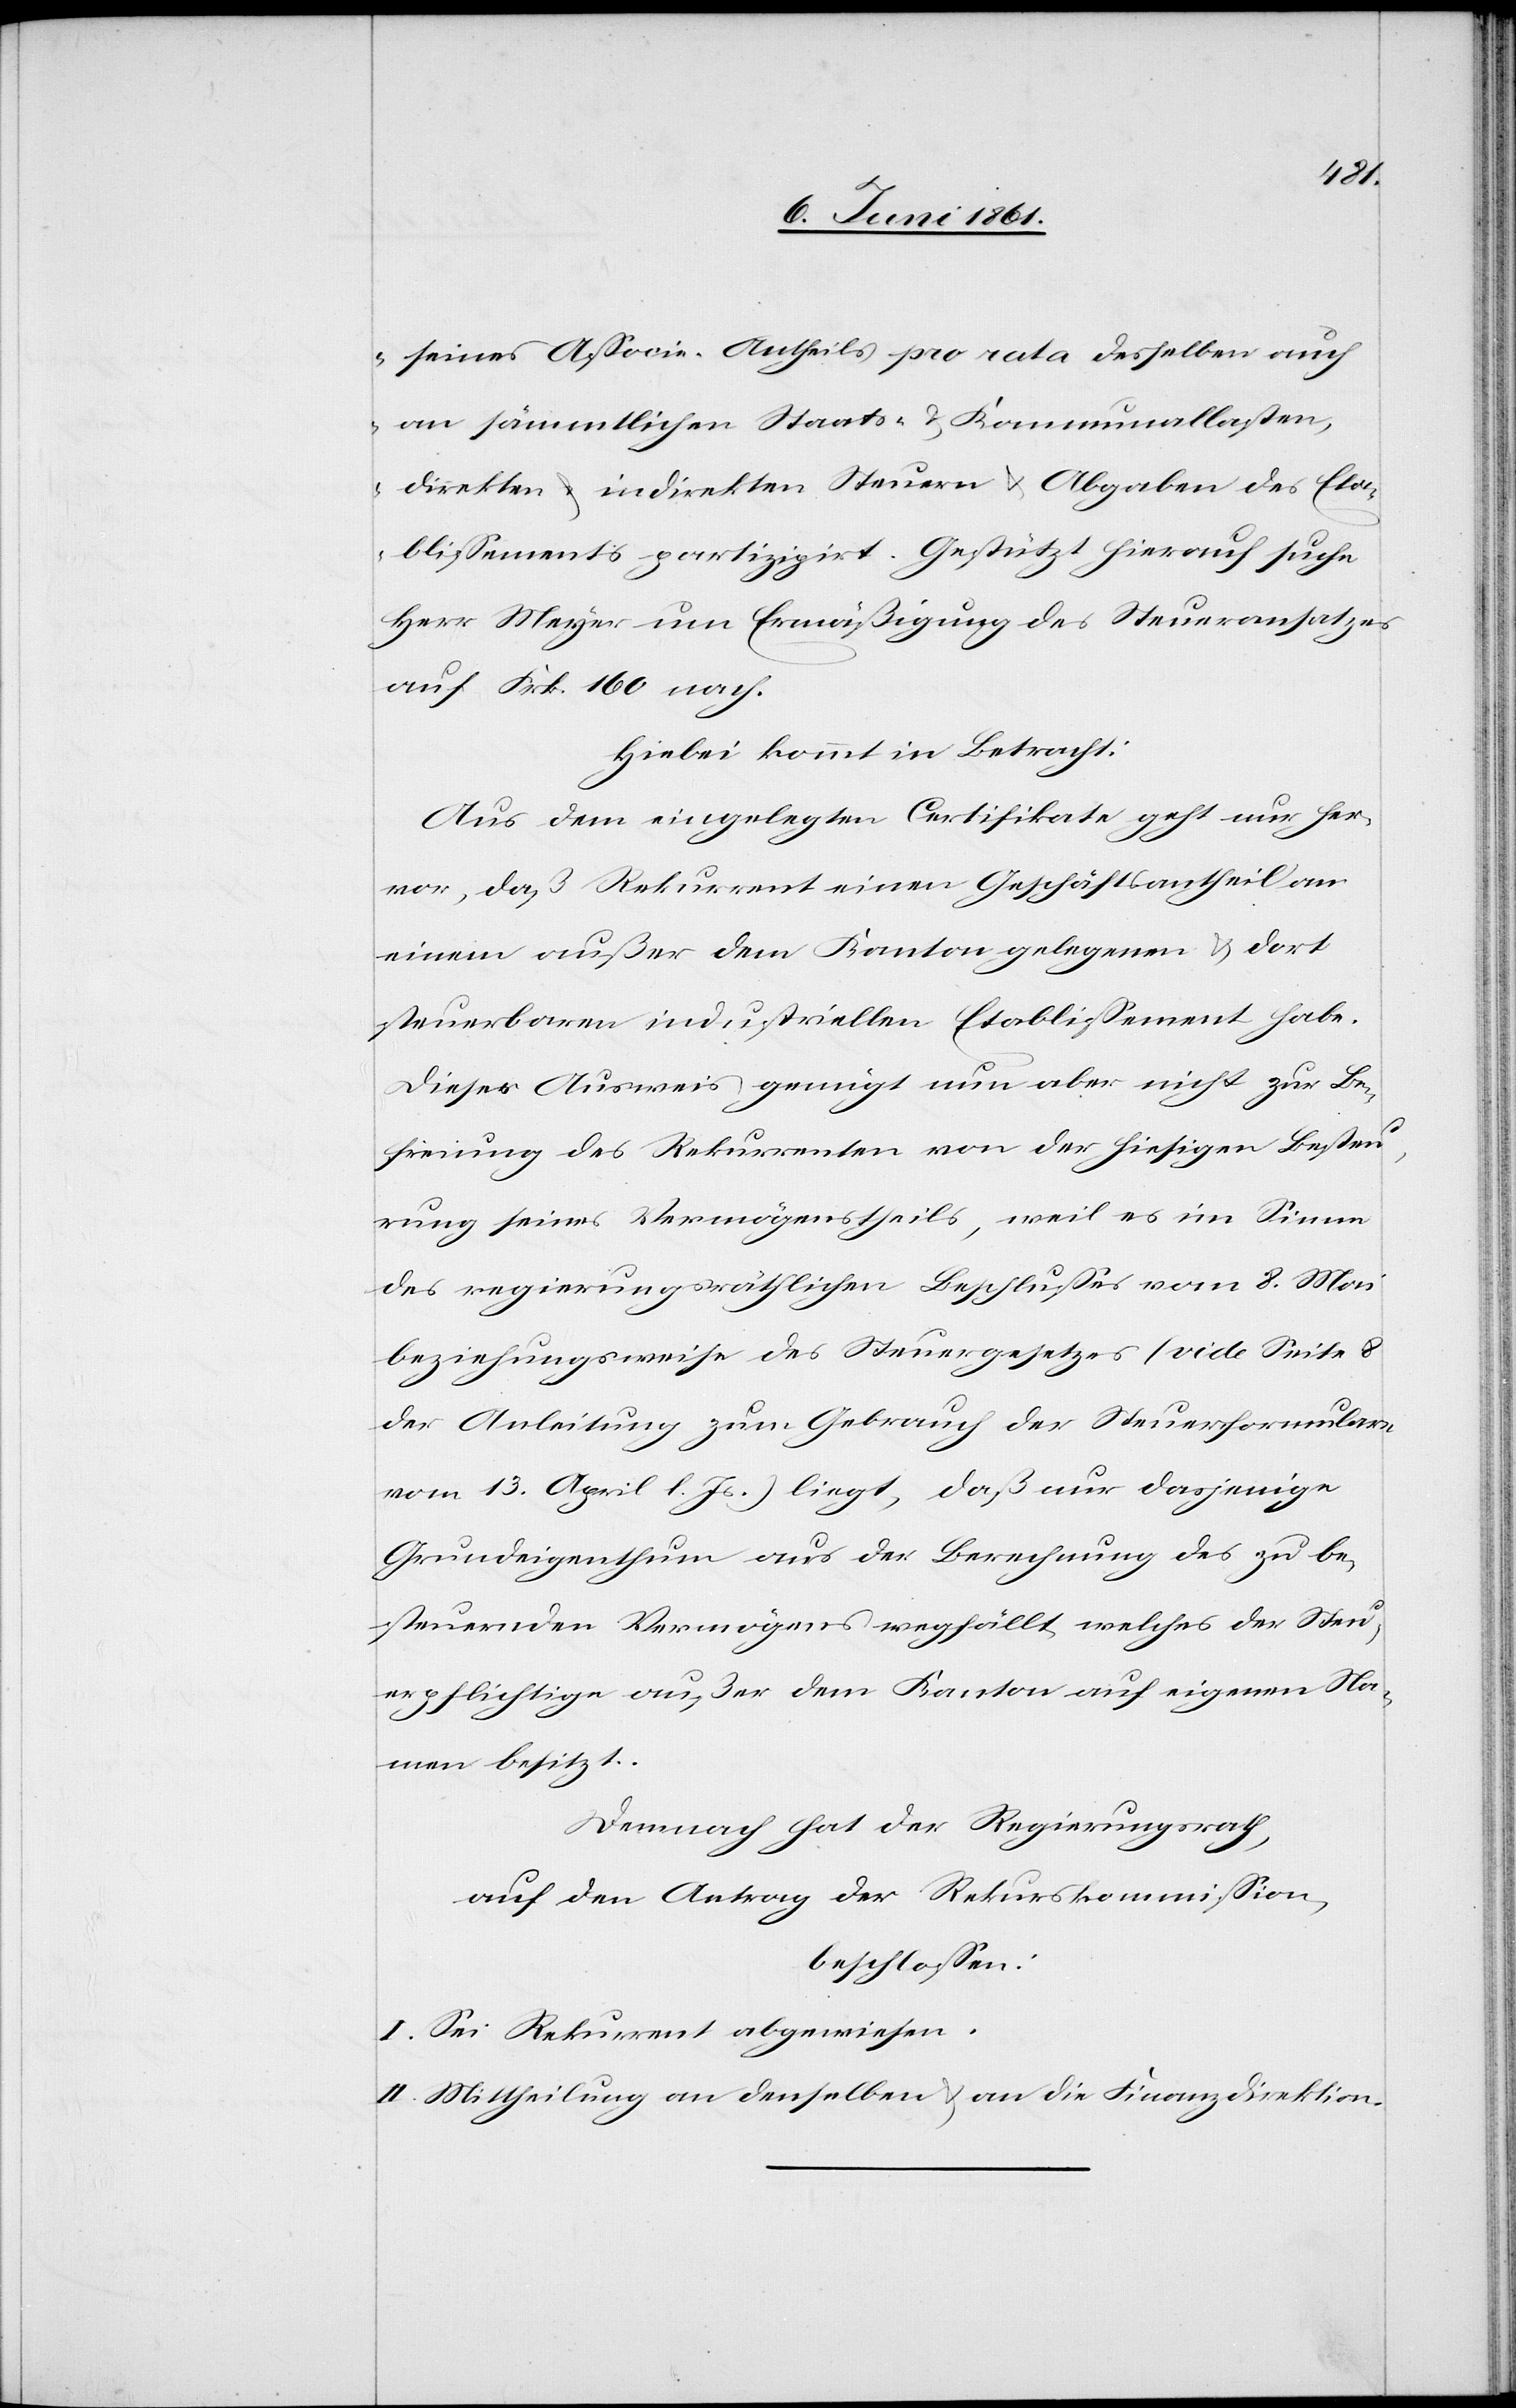
seines Associe-Antheils pro rata desselben auch
an sämmtlichen Staats- u. Kommunallasten,
direkten u. indirekten Steuern u. Abgaben des Eta¬
blissements partizipirt. Gestützt hierauf suche
Herr Meyer um Ermäßigung des Steueransatzes
auf Frk. 160 nach.
Hiebei kommt in Betracht:
Aus dem eingelegten Certifikate geht nur her¬
vor, daß Rekurrent einen Geschäftsantheil an
einem außer dem Kanton gelegenen u. dort
steuerbaren industriellen Etablissement habe.
Dieser Ausweis genügt nun aber nicht zur Be¬
freiung des Rekurrenten von der hiesigen Besteu¬
rung seines Vermögenstheils, weil es im Sinne
des regierungsräthlichen Beschlusses vom 8. Mai
beziehungsweise des Steuergesetzes (vide Seite 8
der Anleitung zum Gebrauch der Steuerformulare
vom 13. April l. Js.) liegt, daß nur dasjenige
Grundeigenthum aus der Berechnung des zu be¬
steuernden Vermögens wegfällt, welches der Steu¬
erpflichtige außer dem Kanton auf eigenen Na¬
men besitzt.
Demnach hat der Regierungsrath,
auf den Antrag der Rekurskommission,
beschlossen:
I. Sei Rekurrent abgewiesen.
II. Mittheilung an denselben u. an die Finanzdirektion.